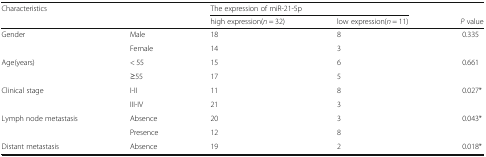
<table><thead><tr><td rowspan="2" colspan="2"><b>Characteristics</b></td><td colspan="2"><b>The expression of miR-21-5p</b></td><td></td></tr><tr><td><b>high expression(<i>n</i> = 32)</b></td><td><b>low expression(<i>n</i> = 11)</b></td><td><b><i>P</i> value</b></td></tr></thead><tbody><tr><td rowspan="2">Gender</td><td>Male</td><td>18</td><td>8</td><td rowspan="2">0.335</td></tr><tr><td>Female</td><td>14</td><td>3</td></tr><tr><td rowspan="2">Age(years)</td><td>&lt; 55</td><td>15</td><td>6</td><td rowspan="2">0.661</td></tr><tr><td>≥55</td><td>17</td><td>5</td></tr><tr><td rowspan="2">Clinical stage</td><td>I-II</td><td>11</td><td>8</td><td rowspan="2">0.027*</td></tr><tr><td>III-IV</td><td>21</td><td>3</td></tr><tr><td rowspan="2">Lymph node metastasis</td><td>Absence</td><td>20</td><td>3</td><td rowspan="2">0.043*</td></tr><tr><td>Presence</td><td>12</td><td>8</td></tr><tr><td>Distant metastasis</td><td>Absence</td><td>19</td><td>2</td><td>0.018*</td></tr></tbody></table>